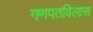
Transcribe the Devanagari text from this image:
गणपतविलास